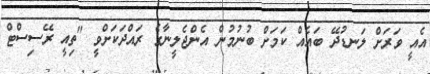
އެއީ ވަރަށް ލަނޑުދޭ ބައެއް ކަމަށް ބުނުމުން އެންޖެލީނާގެ ރައްދަކަށްވީ "ތިއީ ރޭސިސްޓް